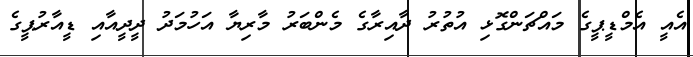
އެއީ އެމްޑީޕީގެ މައްޗަންގޮޅި އުތުރު ދާއިރާގެ މެންބަރު މާރިޔާ އަހުމަދު ދީދީއާއި ޑީއާރުޕީގެ